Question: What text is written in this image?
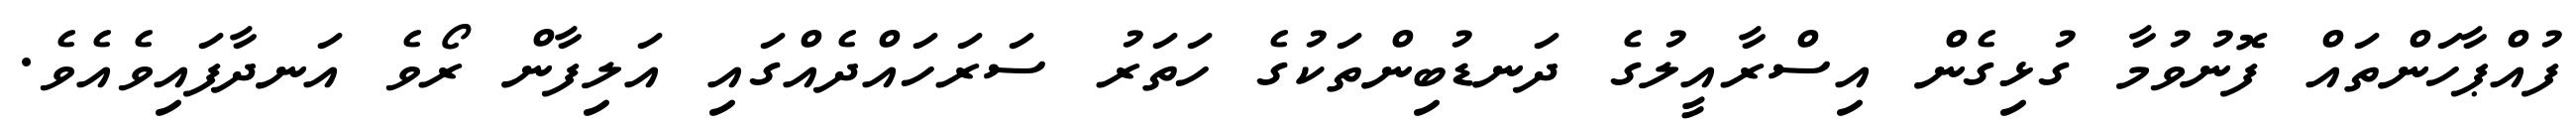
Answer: ފުއްޕާހަންތައް ފޮނުވުމާ ގުޅިގެން އިސްރާއީލުގެ ދަނޑުބިންތަކުގެ ހަތަރު ސަރަހައްދެއްގައި އަލިފާން ރޯވެ އަނދާފައިވެއެވެ.